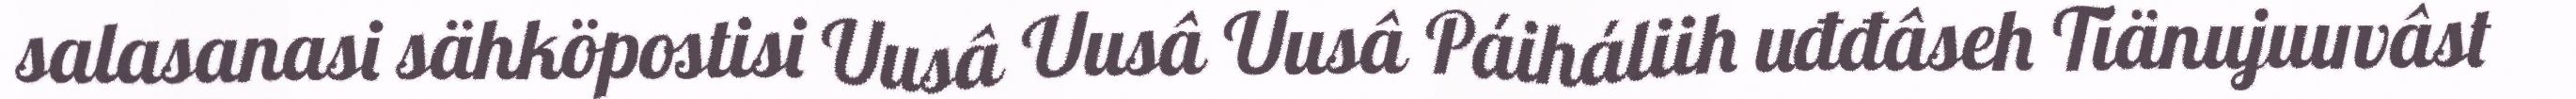
salasanasi sähköpostisi Uusâ Uusâ Uusâ Páiháliih uđđâseh Tiänujuuvâst